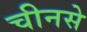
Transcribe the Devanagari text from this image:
चीनसे